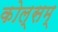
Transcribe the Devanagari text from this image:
कोल्सम्‌